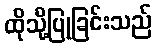
ထိုသို့ပြုခြင်းသည်